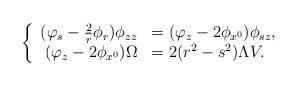
LaTeX: \begin{align*}\left\{\begin{array}{rl}(\varphi_s-\frac{2}{r}\phi_r)\phi_{zz}&=(\varphi_z-2\phi_{x^0})\phi_{sz},\\(\varphi_z-2\phi_{x^0})\Omega&=2(r^2-s^2)\Lambda V.\end{array}\right.\end{align*}